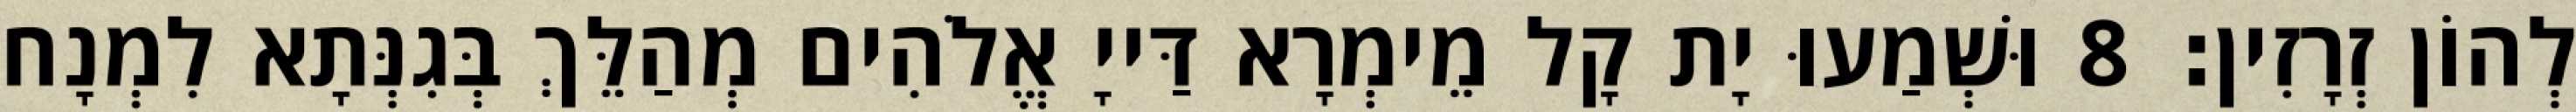
לְהוֹן זְרָזִין׃ 8 וּשְׁמַעוּ יָת קָל מֵימְרָא דַּייָ אֱלֹהִים מְהַלֵּךְ בְּגִנְּתָא לִמְנָח